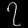
Digit: ၇